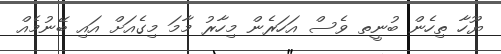
ޔޫހާ ތިހެން ބުނީތ ވެސް އަހަރެން މިހާރު މާމަ މިގެއަށް އައި ބޭނުމެއް